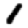
Digit: 1